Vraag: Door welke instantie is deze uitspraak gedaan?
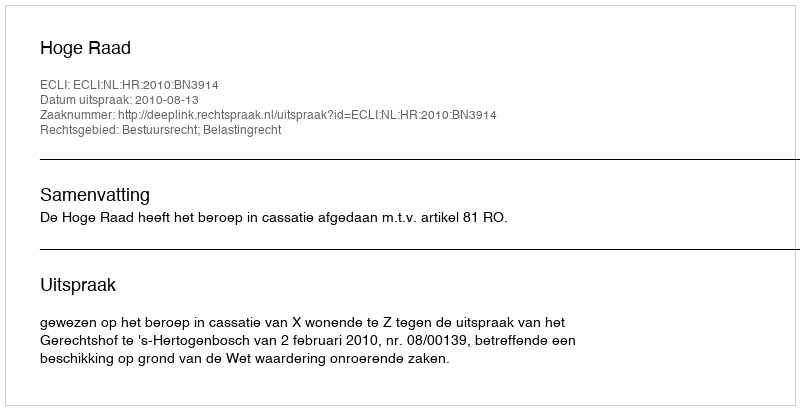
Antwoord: Hoge Raad